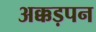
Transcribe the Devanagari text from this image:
अक्कड़पन